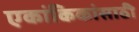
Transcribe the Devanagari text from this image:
एकांकिकांसाठी